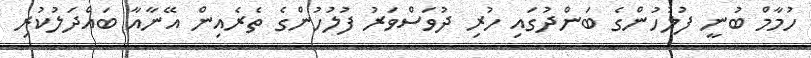
ހުމާމް ބުނީ ފުލުހުންގެ ބަންދުގައި ހުރި ދުވަސްވަރު ފުލުހުންގެ ތެރެއިން އޭނާއާ ބައްދަލުކުރި